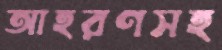
আহরণসহ